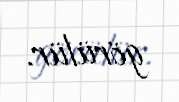
görülür.